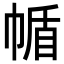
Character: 㡒